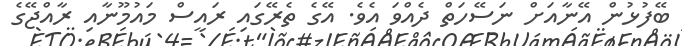
ބޭފުޅުން އޭނާއަށް ނަސޭހަތް ދެއްވަ އެވެ. އޭގެ ތެރޭގައި ރައީސް މައުމޫނާއި ރާއްޖޭގެ